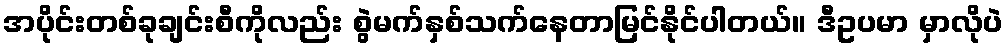
အပိုင်းတစ်ခုချင်းစီကိုလည်း စွဲမက်နှစ်သက်နေတာမြင်နိုင်ပါတယ်။ ဒီဥပမာ မှာလိုပဲ